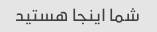
شما اینجا هستید